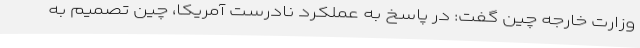
وزارت خارجه چین گفت: در پاسخ به عملکرد نادرست آمریکا، چین تصمیم به